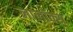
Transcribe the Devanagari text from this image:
लालॉक्स